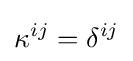
\kappa ^{ij}=\delta ^{ij}